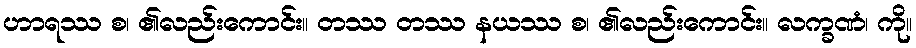
ဟာရဿ စ၊ ၏လည်းကောင်း။ တဿ တဿ နယဿ စ၊ ၏လည်းကောင်း။ လက္ခဏံ၊ ကို။